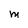
Character: M